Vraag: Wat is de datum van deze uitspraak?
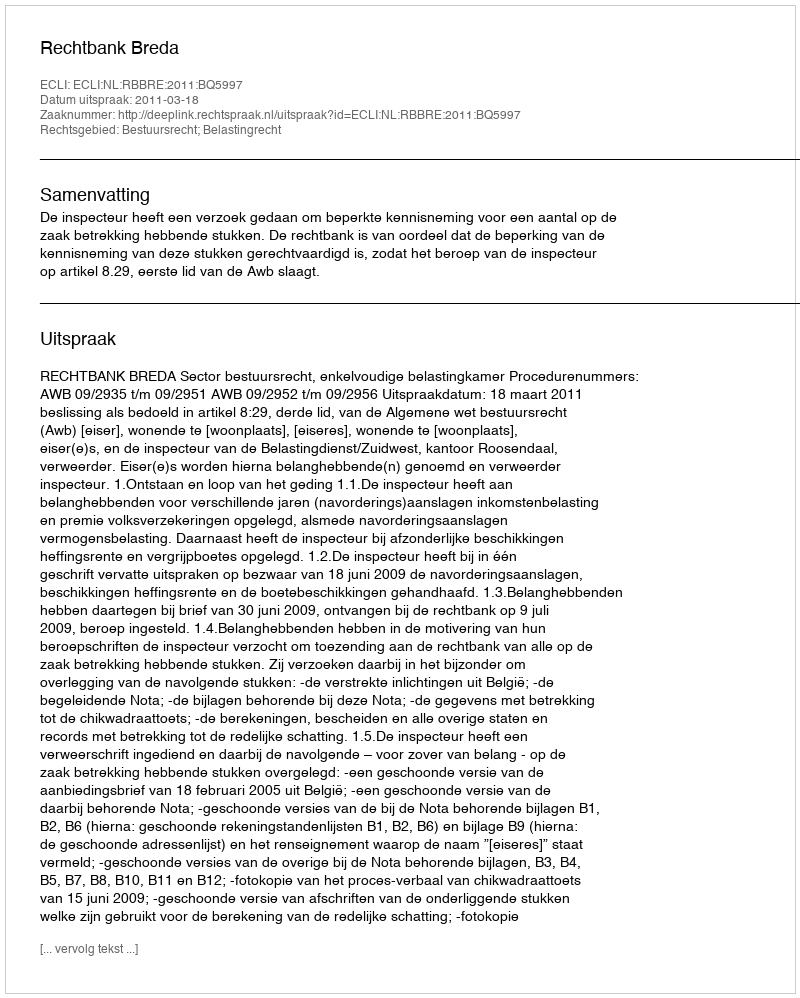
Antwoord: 2011-03-18